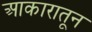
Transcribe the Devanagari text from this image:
आकारातून